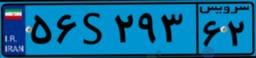
۰۳S۴۰۹۷۸